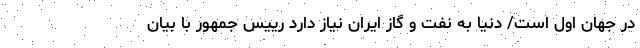
در جهان اول است/ دنیا به نفت و گاز ایران نیاز دارد رییس جمهور با بیان